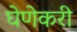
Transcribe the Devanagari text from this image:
घेणेकरी